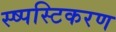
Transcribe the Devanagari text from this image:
स्ष्पस्टिकरण